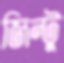
জিন্টু